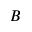
B